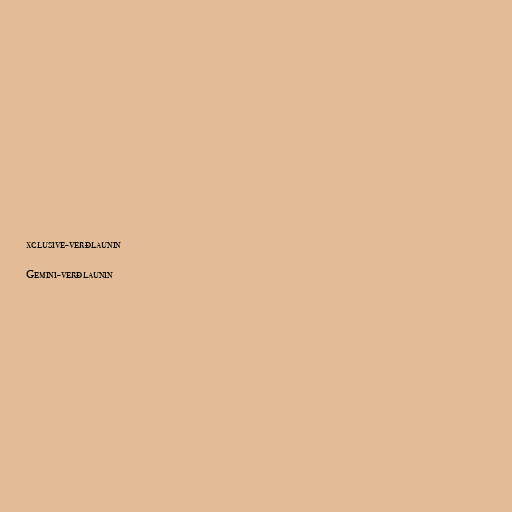
xclusive-verðlaunin

Gemini-verðlaunin